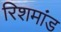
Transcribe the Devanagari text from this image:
रिशमांड